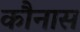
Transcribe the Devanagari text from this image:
कौनास